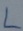
Text: L